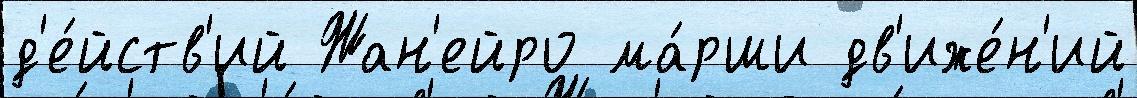
д'е́йств'ий Жан'ейро ма́рши дв'иже́н'ий